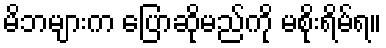
မိဘများက ပြောဆိုမည်ကို မစိုးရိမ်ရ။